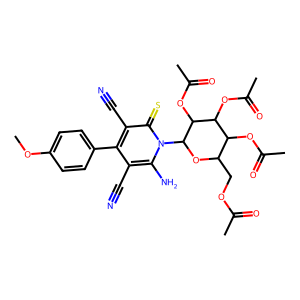
SMILES: COc1ccc(-c2c(C#N)c(N)n(C3OC(COC(C)=O)C(OC(C)=O)C(OC(C)=O)C3OC(C)=O)c(=S)c2C#N)cc1
Inhibits HIV replication: No